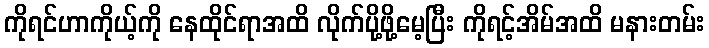
ကိုရင်ဟာကိုယ့်ကို နေထိုင်ရာအထိ လိုက်ပို့ဖို့မေ့ပြီး ကိုရင့်အိမ်အထိ မနားတမ်း